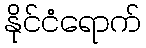
နိုင်ငံရောက်